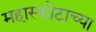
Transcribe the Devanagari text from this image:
महास्फोटाच्या